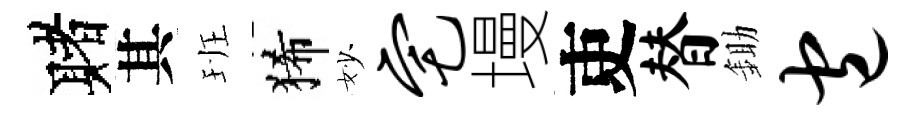
赌其班狶妙宅墁吏替鋤包